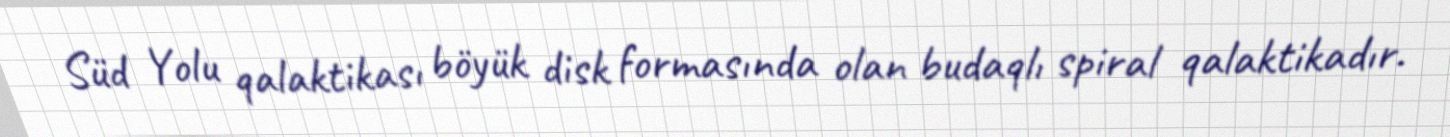
Süd Yolu qalaktikası böyük disk formasında olan budaqlı spiral qalaktikadır.